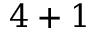
4 + 1